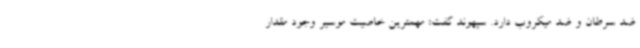
ضد سرطان و ضد میکروب دارد. سپهوند گفت: مهمترین خاصیت موسیر وجود مقدار